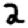
Digit: 2